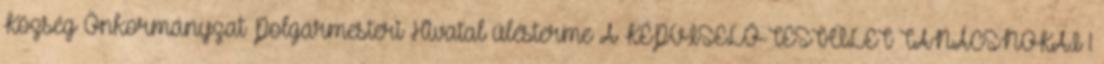
Község Önkormányzat Polgármesteri Hivatal ülésterme A KÉPVISELŐ-TESTÜLET TANÁCSNOKAI 1